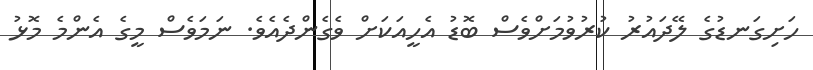
ހަށިގަނޑުގެ ލޭދައުރު ކުރުވުމަށްވެސް ބޮޑު އެހީއަކަށް ވެގެންދެއެވެ. ނަމަވެސް މީގެ އެންމެ މޮޅު